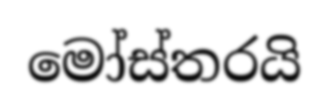
මෝස්තරයි